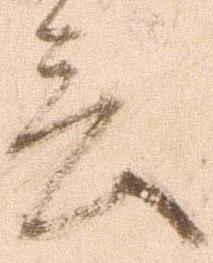
言